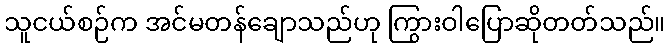
သူငယ်စဉ်က အင်မတန်ချောသည်ဟု ကြွားဝါပြောဆိုတတ်သည်။